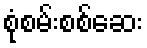
စုံစမ်းစစ်ဆေး